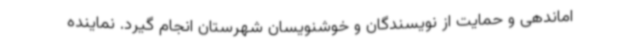
اماندهی و حمایت از نویسندگان و خوشنویسان شهرستان انجام گیرد. نماینده